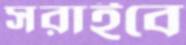
সরাইবে